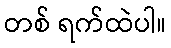
တစ် ရက်ထဲပါ။